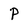
Character: P